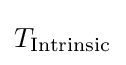
T_{\text{Intrinsic}}